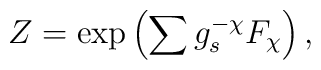
Z=\mathrm{exp} \left(\sum g_s^{-\chi}{F}_{\chi} \right),